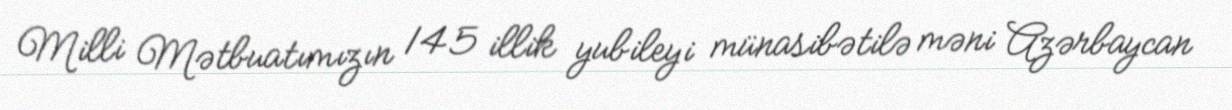
Milli Mətbuatımızın 145 illik yubileyi münasibətilə məni Azərbaycan